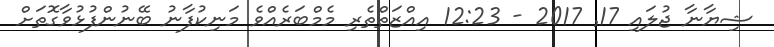
ޝިޔާނާ ޖުލައި 17